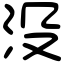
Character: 没